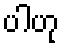
ပါဟု